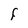
Character: F